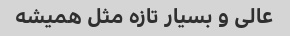
عالی و بسیار تازه مثل همیشه